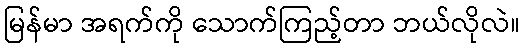
မြန်မာ အရက်ကို သောက်ကြည့်တာ ဘယ်လိုလဲ။